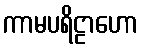
ကာမပရိဠာဟော